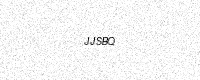
Text: JJSBQ